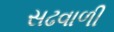
સઢવાળી